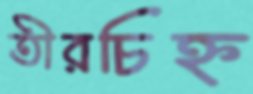
তীরচিহ্ন